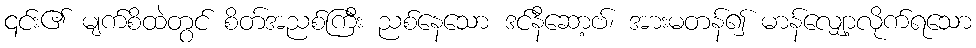
၎င်း၏ မျက်စိထဲတွင် စိတ်အညစ်ကြီး ညစ်နေသော ဒင်နီဆော့ဗ်၊ အားမတန်၍ မာန်လျှော့လိုက်ရသော